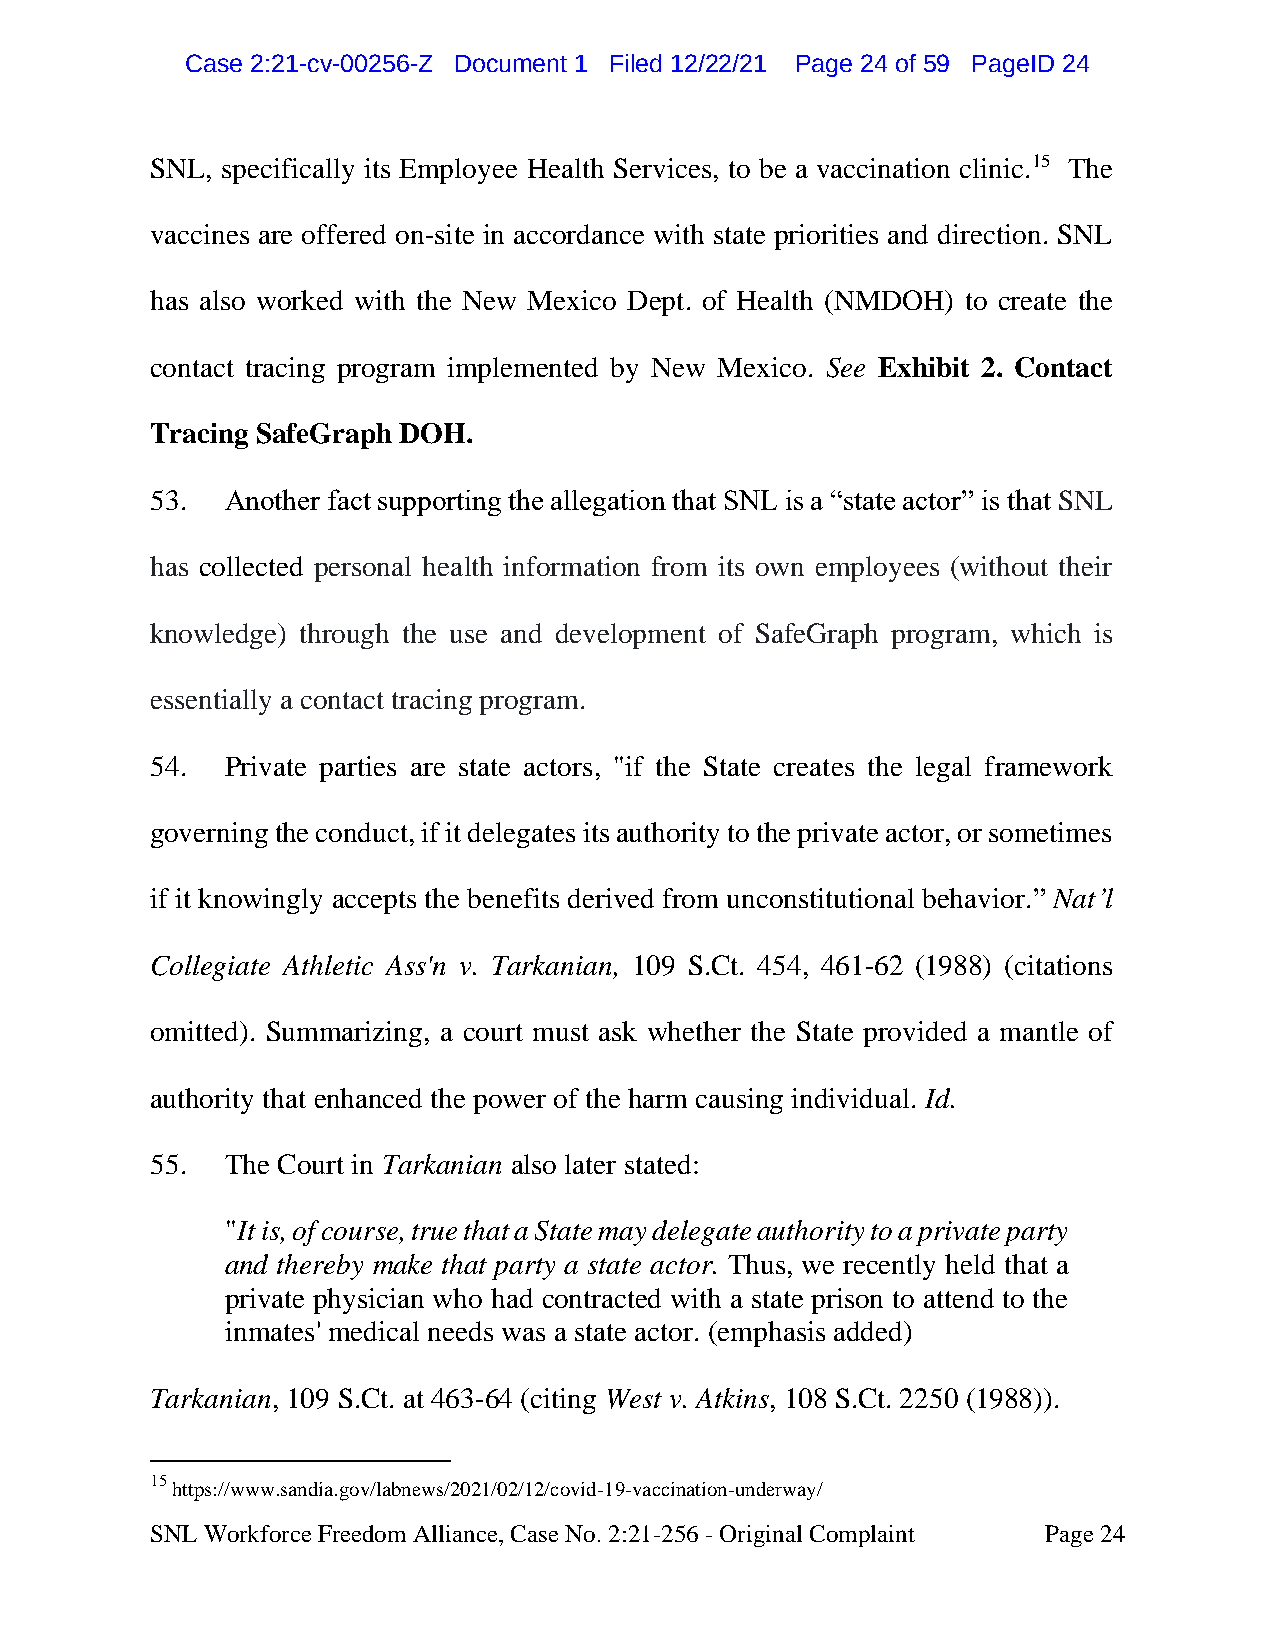
CCaassee 22::2211--ccvv--0000225566--ZZ DDooccuummeenntt 11 FFiilleedd 1122//2222//2211 PPaaggee 2244 ooff 5599 PPaaggeeIIDD 2244
 SNL, specifically its Employee Health Services, to be a vaccination clinic.15 The
 vaccines are offered on-site in accordance with state priorities and direction. SNL
 has also worked with the New Mexico Dept. of Health (NMDOH) to create the
 contact tracing program implemented by New Mexico. See Exhibit 2. Contact
 Tracing SafeGraph DOH.
 53.  Another fact supporting the allegation that SNL is a “state actor” is that SNL
 has collected personal health information from its own employees (without their
 knowledge) through the use and development of SafeGraph program, which is
 essentially a contact tracing program.
 54.  Private parties are state actors, "if the State creates the legal framework
 governing the conduct, if it delegates its authority to the private actor, or sometimes
 if it knowingly accepts the benefits derived from unconstitutional behavior.” Nat’l
 Collegiate Athletic Ass'n v. Tarkanian, 109 S.Ct. 454, 461-62 (1988) (citations
 omitted). Summarizing, a court must ask whether the State provided a mantle of
 authority that enhanced the power of the harm causing individual. Id.
 55.  The Court in Tarkanian also later stated:
 "It is, of course, true that a State may delegate authority to a private party
 and thereby make that party a state actor. Thus, we recently held that a
 private physician who had contracted with a state prison to attend to the
 inmates' medical needs was a state actor. (emphasis added)
 Tarkanian, 109 S.Ct. at 463-64 (citing West v. Atkins, 108 S.Ct. 2250 (1988)).
 15
 https://www.sandia.gov/labnews/2021/02/12/covid-19-vaccination-underway/
 SNL Workforce Freedom Alliance, Case No. 2:21-256 - Original Complaint Page 24